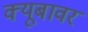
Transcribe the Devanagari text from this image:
क्यूबावर